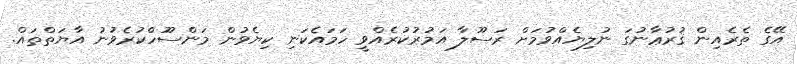
އޭގެ ތެރެއިން ޤުރުޢާނުގަ ނުލިޔެއްވުމަށް ރަސޫލާ އަމުރުކުރެއްވީ ހަމައެކަނި ކިޔެވުން މަންސޫހްކުރެވުނު އާޔަތްތައް.